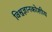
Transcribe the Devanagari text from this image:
विश्वज्ञानकोशीय